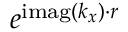
e ^ { \operatorname { i m a g } \left( \boldsymbol { k _ { x } } \right) \cdot \boldsymbol { r } }